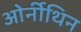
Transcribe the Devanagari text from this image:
ओर्नीथिन